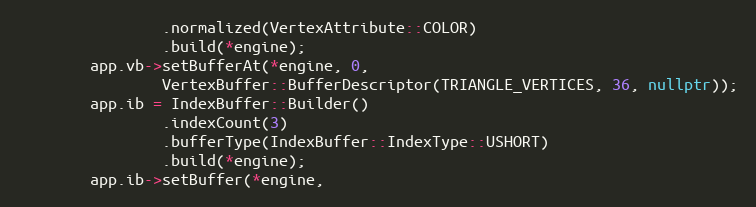
Language: C++
                .normalized(VertexAttribute::COLOR)
                .build(*engine);
        app.vb->setBufferAt(*engine, 0,
                VertexBuffer::BufferDescriptor(TRIANGLE_VERTICES, 36, nullptr));
        app.ib = IndexBuffer::Builder()
                .indexCount(3)
                .bufferType(IndexBuffer::IndexType::USHORT)
                .build(*engine);
        app.ib->setBuffer(*engine,